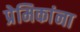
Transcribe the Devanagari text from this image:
प्रेमिकांना